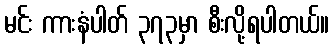
မင်း ကားနံပါတ် ၃၇၃မှာ စီးလို့ရပါတယ်။